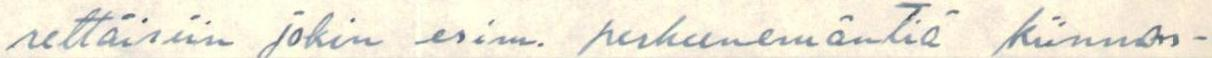
rettäisiin jokin esim. perheenemäntiä kiinnos-